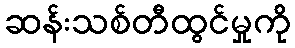
ဆန်းသစ်တီထွင်မှုကို